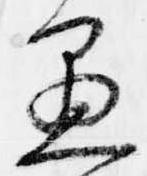
愚